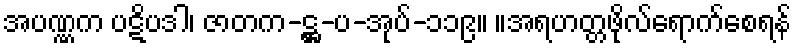
အပဏ္ဏက ပဋိပဒါ၊ ဇာတက-ဋ္ဌ-ပ-အုပ်-၁၁၉။ ။အရဟတ္တဖိုလ်ရောက်စေရန်